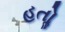
હતોૢ